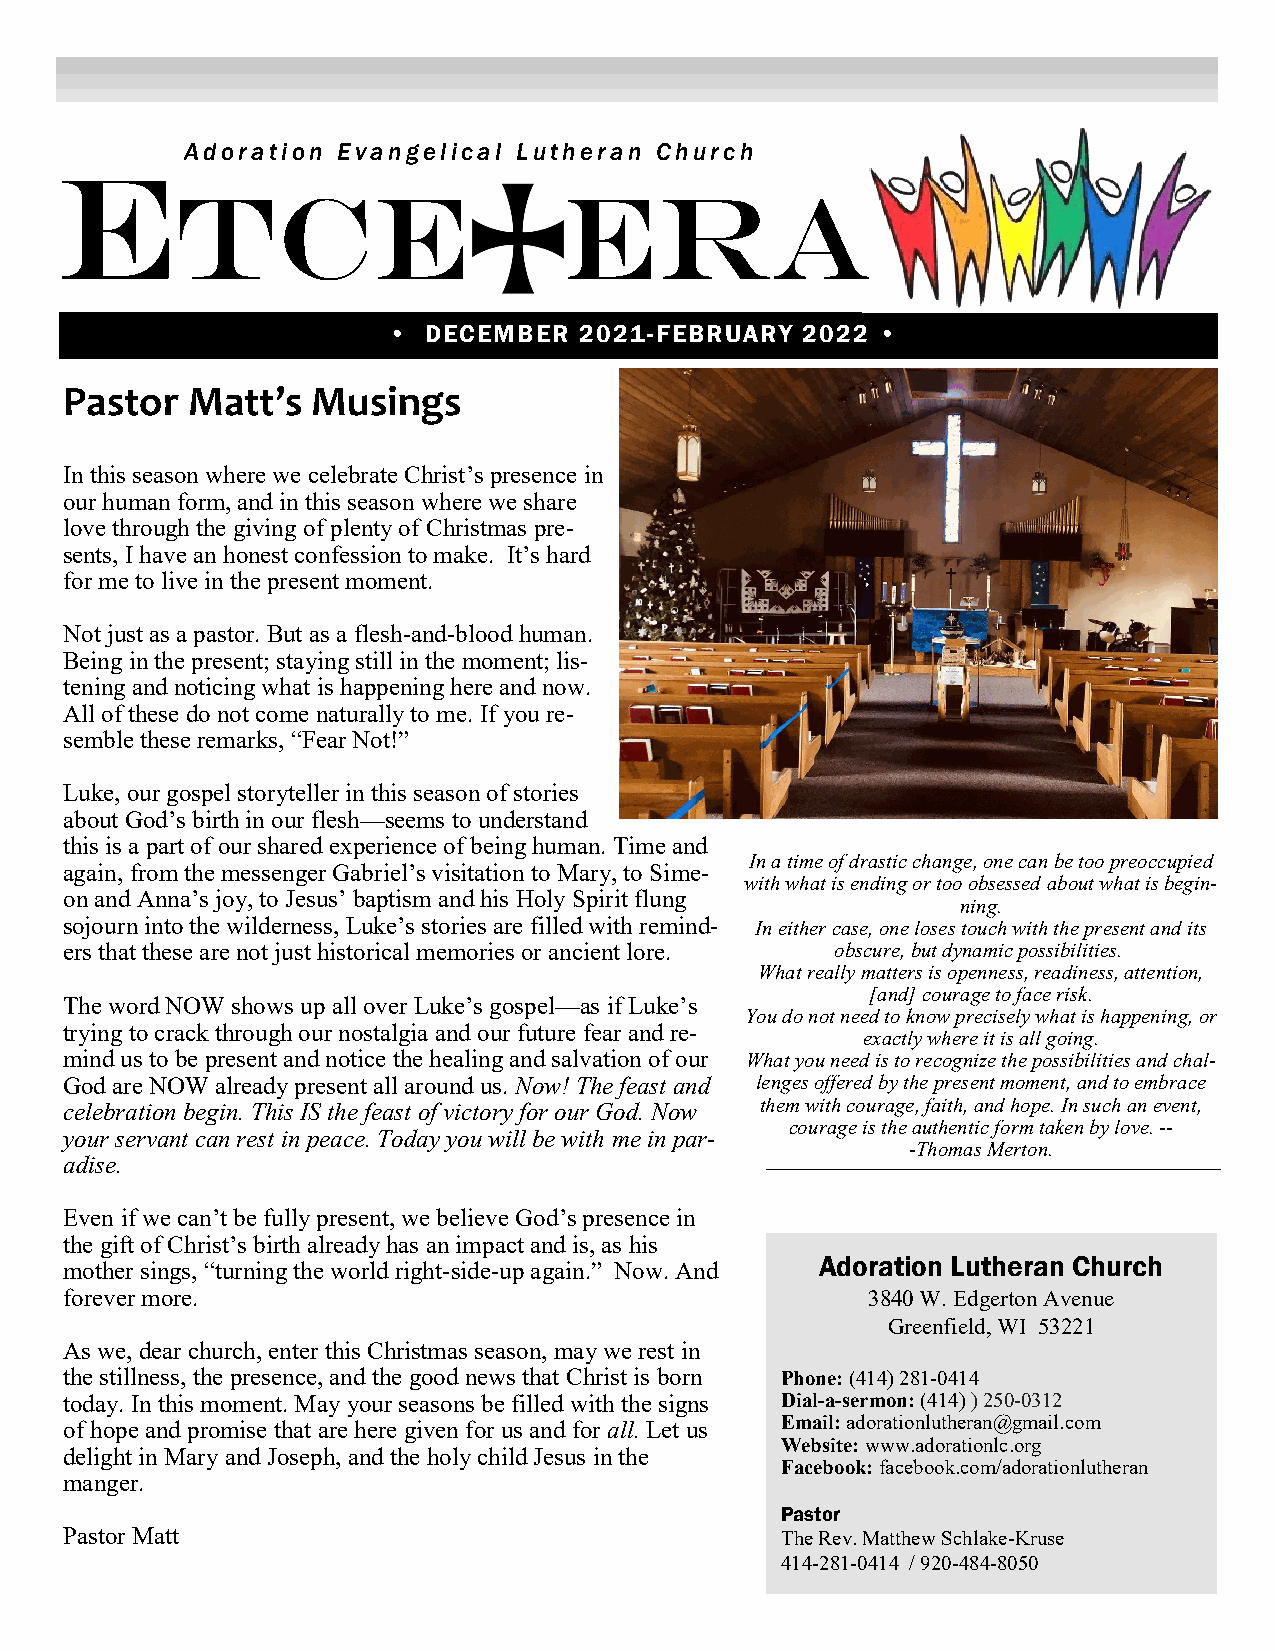
E       Adoration Evangelic al Lutheran Church
 TCE                      ERA
 • DECEMBER  2021-FEBRUARY  2022 •
 Pastor  Matt’s   Musings
 In this season where we celebrate Christ’s presence in
 our human form, and in this season where we share
 love through the giving of plenty of Christmas pre-
 sents, I have an honest confession to make. It’s hard
 for me to live in the present moment.
 Not just as a pastor. But as a flesh-and-blood human.
 Being in the present; staying still in the moment; lis-
 tening and noticing what is happening here and now.
 All of these do not come naturally to me. If you re-
 semble these remarks, “Fear Not!”
 Luke, our gospel storyteller in this season of stories
 about God’s birth in our flesh—seems to understand
 this is a part of our shared experience of being human. Time and
 In a time of drastic change, one can be too preoccupied
 again, from the messenger Gabriel’s visitation to Mary, to Sime-
 with what is ending or too obsessed about what is begin-
 on and Anna’s joy, to Jesus’ baptism and his Holy Spirit flung
 ning.
 sojourn into the wilderness, Luke’s stories are filled with remind- In either case, one loses touch with the present and its
 ers that these are not just historical memories or ancient lore. obscure, but dynamic possibilities.
 What really matters is openness, readiness, attention,
 [and] courage to face risk.
 The word NOW shows up all over Luke’s gospel—as if Luke’s
 You do not need to know precisely what is happening, or
 trying to crack through our nostalgia and our future fear and re-
 exactly where it is all going.
 mind us to be present and notice the healing and salvation of our What you need is to recognize the possibilities and chal-
 God are NOW already present all around us. Now! The feast and lenges offered by the present moment, and to embrace
 celebration begin. This IS the feast of victory for our God. Now them with courage, faith, and hope. In such an event,
 courage is the authentic form taken by love. --
 your servant can rest in peace. Today you will be with me in par-
 -Thomas Merton.
 adise.
 Even if we can’t be fully present, we believe God’s presence in
 the gift of Christ’s birth already has an impact and is, as his
 Adoration Lutheran Church
 mother sings, “turning the world right-side-up again.” Now. And
 forever more.                                        3840 W. Edgerton Avenue
 Greenfield, WI 53221
 As we, dear church, enter this Christmas season, may we rest in
 the stillness, the presence, and the good news that Christ is born Phone: (414) 281-0414
 today. In this moment. May your seasons be filled with the signs Dial-a-sermon: (414) ) 250-0312
 of hope and promise that are here given for us and for all. Let us Email: adorationlutheran@gmail.com
 Website: www.adorationlc.org
 delight in Mary and Joseph, and the holy child Jesus in the
 Facebook: facebook.com/adorationlutheran
 manger.
 Pastor
 Pastor Matt                                     The Rev. Matthew Schlake-Kruse
 414-281-0414 / 920-484-8050